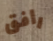
رافق